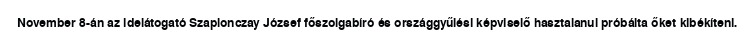
November 8-án az idelátogató Szaplonczay József főszolgabíró és országgyűlési képviselő hasztalanul próbálta őket kibékíteni.